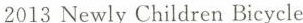
2013 Newly Children Bicycle